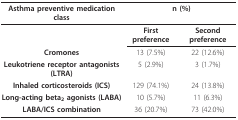
| Asthma preventive medication class | <COLSPAN=2> n (%) |
 | --- | --- | --- |
 |  | First preference | Second preference |
 | Cromones | 13 (7.5%) | 22 (12.6%) |
 | Leukotriene receptor antagonists (LTRA) | 5 (2.9%) | 3 (1.7%) |
 | Inhaled corticosteroids (ICS) | 129 (74.1%) | 24 (13.8%) |
 | Long-acting beta2 agonists (LABA) | 10 (5.7%) | 11 (6.3%) |
 | LABA/ICS combination | 36 (20.7%) | 73 (42.0%) |